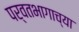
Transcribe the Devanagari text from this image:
पर्वतभागाच्या